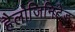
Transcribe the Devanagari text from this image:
हैलोजिनिटेड